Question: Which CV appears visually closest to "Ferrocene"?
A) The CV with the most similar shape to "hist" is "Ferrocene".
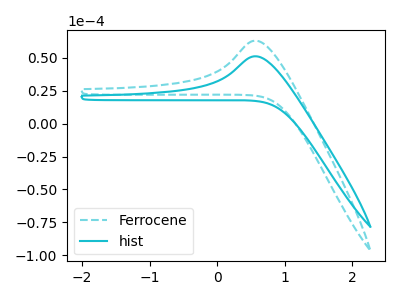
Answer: <think>The cyan dashed curve "Ferrocene" has an anodic peak at: (0.55V, 63.15uA). The cyan curve "hist" has an anodic peak at: (0.55V, 51.25uA).
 All the peaks in "Ferrocene" have a peak in "hist" at the same potential. Every peak in "Ferrocene" is higher than every peak in "hist".</think>
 <answer>A) The CV with the most similar shape to "hist" is "Ferrocene".</answer>
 <eval>A</eval>